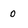
Character: 0